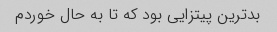
بدترین پیتزایی بود که تا به حال خوردم